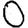
Digit: 0